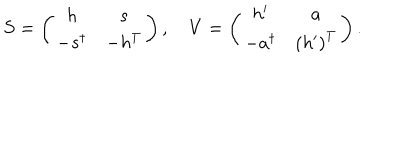
S = \left( \begin{array} { c c } { { h } } & { { s } } \\ { { - s ^ { \dagger } } } & { { - h ^ { T } } } \\ \end{array} \right) , \quad V = \left( \begin{array} { c c } { { h ^ { \prime } } } & { { a } } \\ { { - a ^ { \dagger } } } & { { \left( h ^ { \prime } \right) ^ { T } } } \\ \end{array} \right) .